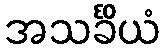
အသင်္ခိယံ